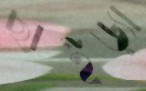
ছাইড়্যা